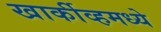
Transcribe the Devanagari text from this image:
खार्कीव्हमध्ये